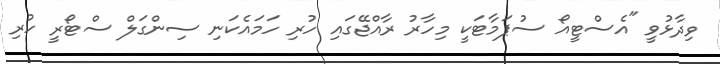
ވިދާޅުވީ "އެސްޓީއޯ ސުޕަމާޓަކީ މިހާރު ރާއްޖޭގައި ހުރި ހަމައެކަނި ސިންގަލް ސްޓޯރީ ހުރި